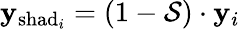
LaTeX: \mathbf{y}_{\mathrm{shad}_{i}}=(1-\mathcal{S})\cdot\mathbf{y}_{i}